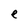
Character: e